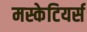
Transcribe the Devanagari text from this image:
मस्केटियर्स